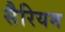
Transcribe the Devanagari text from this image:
सैरियम